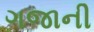
ગજાની